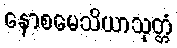
နောစမေသိယာသုတ္တံ